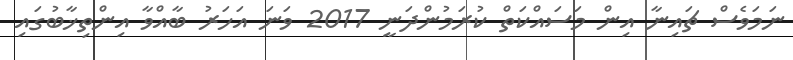
ނަމަވެސް ޗައިނާ އިން މަސައްކަތް ކުރަމުންދަނީ 2017 ވަނަ އަހަރު ބާއްވާ އިންތިޚާބުގައި